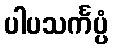
ပါပသင်္ကပ္ပံ